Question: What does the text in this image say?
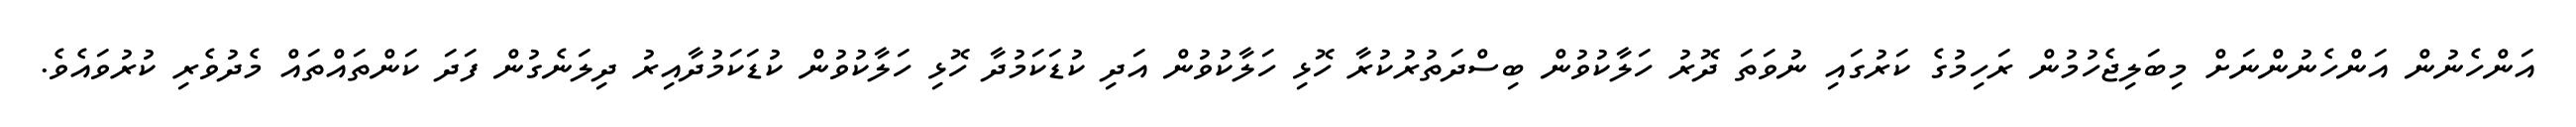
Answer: އަންހެނުން އަންހެނުންނަށް މިބަލިޖެހުމުން ރަހިމުގެ ކަރުގައި ނުވަތަ ދޮރު ހަލާކުވުން ބިސްދަތުރުކުރާ ހޮޅި ހަލާކުވުން އަދި ކުޑަކަމުދާ ހޮޅި ހަލާކުވުން ކުޑަކަމުދާއިރު ދިލަނެގުން ފަދަ ކަންތައްތައް މެދުވެރި ކުރުވައެވެ.